Civil Veterinary Dept. Bombay admin report 1893-99 - 1893-1899
Year: 1893
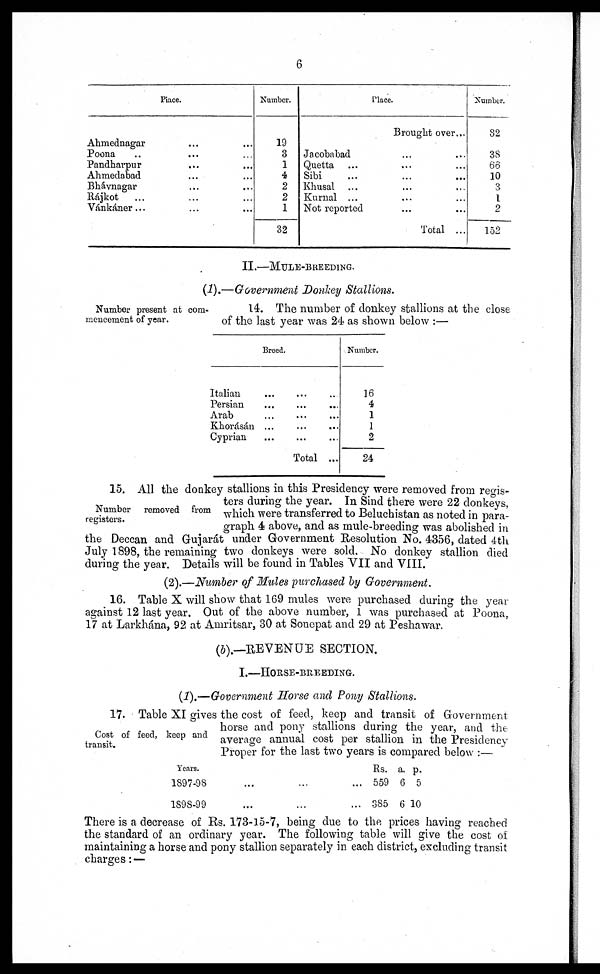
6
Place.
Ahmednagar ... ...
Poona .. ... ...
Pandharpur ... ...
Ahmedabad ... ...
Bhávnagar ... ...
Rájkot ... ... ...
Vánkáner ... ... ...
Number.
19
3
1
4
2
2
1
32
Jacobabad
Quetta ...
Sibi ...
Khusal ...
Kurnal ...
Not reported
Place.
Brought over ...
... ...
... ...
...
...
...
...
... ...
... ...
Total ...
Number.
32
38
66
10
3
1
2
152
II.—MULE-BREEDING.
(1).—Government Donkey Stallions.
Number present at com-
mencement of year.
14. The number of donkey stallions at the close
of the last year was 24 as shown below :—
Breed.
Italian ...
Persian ...
Arab ...
Khorásán ...
Cyprian ...
... ...
... ...
... ...
...
...
... ...
Total ...
Number.
16
4
1
1
2
24
Number removed from
registers.
15. All the donkey stallions in this Presidency were removed from regis-
ters during the year. In Sind there were 22 donkeys,
which were transferred to Beluchistan as noted in para-
graph 4 above, and as mule-breeding was abolished in
the Deccan and Gujarát under Government Resolution No. 4356, dated 4th
July 1898, the remaining two donkeys were sold. No donkey stallion died
during the year. Details will be found in Tables VII and VIII.
(2).—Number of Mules purchased by Government.
16. Table X will show that 169 mules were purchased during the year
against 12 last year. Out of the above number, 1 was purchased at Poona,
17 at Larkhána, 92 at Amritsar, 30 at Sonepat and 29 at Peshawar.
(b).—REVENUE SECTION.
I.—HORSE-BREEDING.
(1).—Government Horse and Pony Stallions.
Cost of feed, keep and
transit.
17. Table XI gives the cost of feed, keep and transit of Government
horse and pony stallions during the year, and the
average annual cost per stallion in the Presidency
Proper for the last two years is compared below :—
Years.
1897-98 ...
1898-99 ...
... ...
... ...
Rs.
559
385
a.
6
6
p.
5
10
There is a decrease of Rs. 173-15-7, being due to the prices having reached
the standard of an ordinary year. The following table will give the cost of
maintaining a horse and pony stallion separately in each district, excluding transit
charges : —